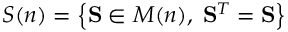
S ( n ) = \left\{ \mathbf { S } \in M ( n ) , \; \mathbf { S } ^ { T } = \mathbf { S } \right\}